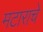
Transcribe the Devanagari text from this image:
मटाराचे